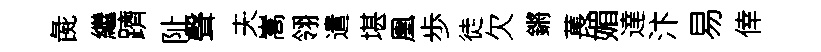
彘繼躋阯聲夫嵩翎遣堪凰歩徒欠鏘萇媚達汴易倖